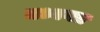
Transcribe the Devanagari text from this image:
मध्यगत